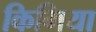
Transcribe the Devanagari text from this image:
किमिया